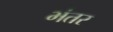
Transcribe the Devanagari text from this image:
भंतर